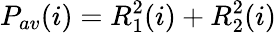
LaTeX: P_{av}(i)=R_{1}^{2}(i)+R_{2}^{2}(i)